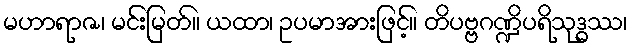
မဟာရာဇ၊ မင်းမြတ်။ ယထာ၊ ဥပမာအားဖြင့်။ တိပဗ္ဗဂဏ္ဍိပရိသုဒ္ဓဿ၊